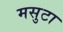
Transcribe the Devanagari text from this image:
मसुटा